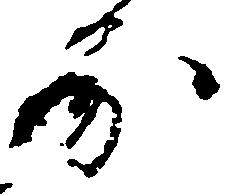
房